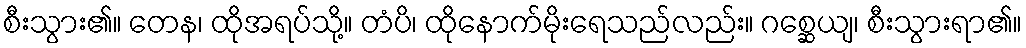
စီးသွား၏။ တေန၊ ထိုအရပ်သို့။ တံပိ၊ ထိုနောက်မိုးရေသည်လည်း။ ဂစ္ဆေယျ၊ စီးသွားရာ၏။